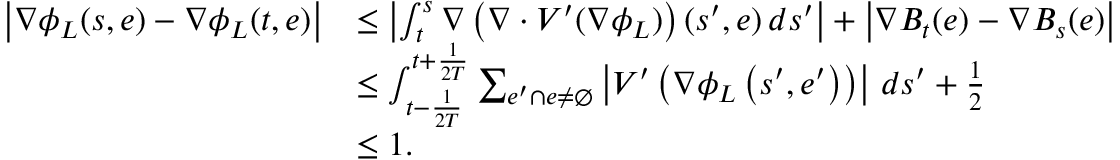
\begin{array} { r l } { \left| \nabla \phi _ { L } ( s , e ) - \nabla \phi _ { L } ( t , e ) \right| } & { \leq \left| \int _ { t } ^ { s } \nabla \left( \nabla \cdot V ^ { \prime } ( \nabla \phi _ { L } ) \right) ( s ^ { \prime } , e ) \, d s ^ { \prime } \right| + \left| \nabla B _ { t } ( e ) - \nabla B _ { s } ( e ) \right| } \\ & { \leq \int _ { t - \frac { 1 } { 2 T } } ^ { t + \frac { 1 } { 2 T } } \sum _ { e ^ { \prime } \cap e \neq \emptyset } \left| V ^ { \prime } \left( \nabla \phi _ { L } \left( s ^ { \prime } , e ^ { \prime } \right) \right) \right| \, d s ^ { \prime } + \frac 1 2 } \\ & { \leq 1 . } \end{array}